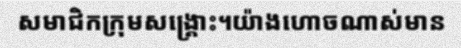
សមាជិកក្រុមសង្គ្រោះ។យ៉ាងហោចណាស់មាន